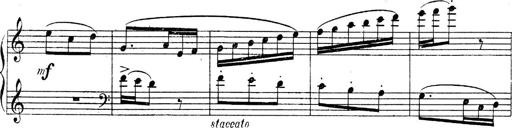
Title: Sonatines
Composer: Hedwige ChrÃ©tien